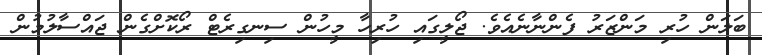
ބަލަން ހުރި މަންޒަރު ފެންނާނެއެވެ. ޖޯލީގައި ހުރިހާ މީހުން ސިނގިރެޓް ރޯކޮށްގެން ޖައްސާލުމުން